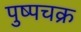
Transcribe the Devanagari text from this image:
पुष्पचक्र